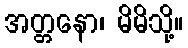
အတ္တနော၊ မိမိသို့။